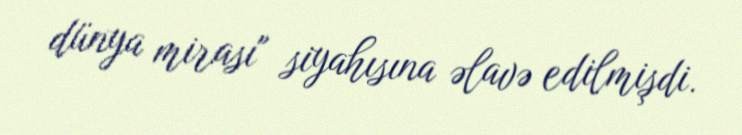
dünya mirası" siyahısına əlavə edilmişdi.